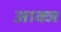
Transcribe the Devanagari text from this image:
आक्ज